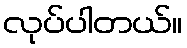
လုပ်ပါတယ်။